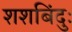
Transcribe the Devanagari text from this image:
शशबिंदुः